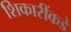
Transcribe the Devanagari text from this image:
शिकारींकडे